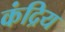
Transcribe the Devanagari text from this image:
कंद्रिय